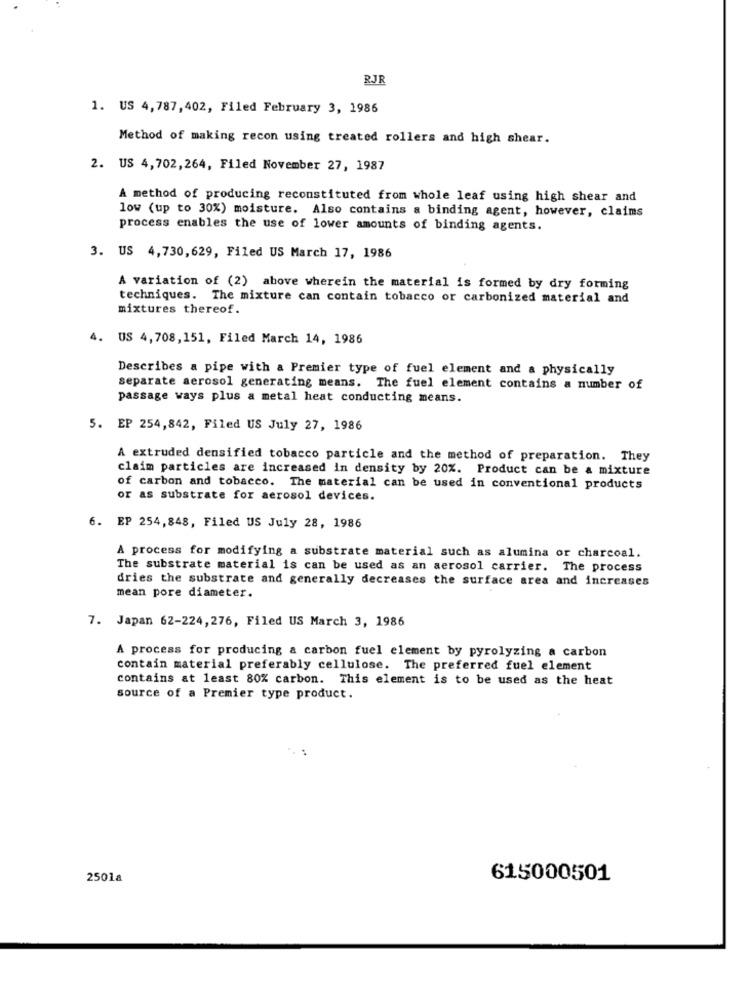
RJR
1. US 4,787,402, Filed February 3, 1986
Method of making recon using treated rollers and high shear.
2. US 4,702,264, Filed November 27, 1987
A method of producing reconstituted from whole leaf using high shear and
low (up to 30%) moisture. Also contains a binding agent, however, claims
process enables the use of lower amounts of binding agents.
3. US 4,730,629, Filed US March 17, 1986
A variation of (2) above wherein the material is formed by dry forming
techniques. The mixture can contain tobacco or carbonized material and
mixtures thereof.
4. US 4,708,151, Filed March 14, 1986
Describes a pipe with a Premier type of fuel element and a physically
separate aerosol generating means. The fuel element contains a number of
passage ways plus a metal heat conducting means.
5. EP 254,842, Filed US July 27, 1986
A extruded densified tobacco particle and the method of preparation. They
claim particles are increased in density by 20%. Product can be a mixture
of carbon and tobacco. The material can be used in conventional products
or as substrate for aerosol devices.
6. EP 254,848, Filed US July 28, 1986
A process for modifying a substrate material such as alumina or charcoal.
The substrate material is can be used as an aerosol carrier. The process
dries the substrate and generally decreases the surface area and increases
mean pore diameter.
7. Japan 62-224, 276, Filed US March 3, 1986
A process for producing a carbon fuel element by pyrolyzing a carbon
contain material preferably cellulose. The preferred fuel element
contains at least 80% carbon. This element is to be used as the heat
source of a Premier type product.
2501a
615000501